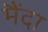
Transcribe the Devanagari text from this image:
मैंदा